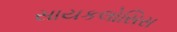
સાયકલોસિસ